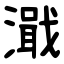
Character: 濈